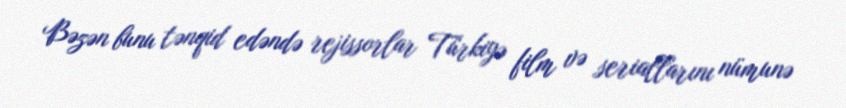
Bəzən bunu tənqid edəndə rejissorlar Türkiyə film və seriallarını nümunə